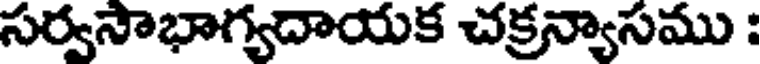
సర్వసాభాగ్యదాయక చక్రన్యాసము :